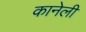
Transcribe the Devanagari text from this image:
कानेली